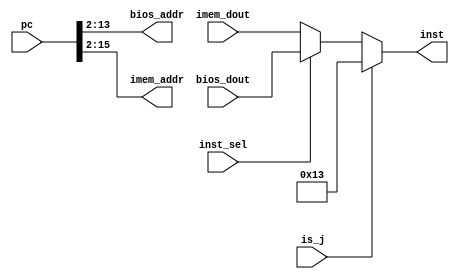
module fetch_instruction(
    input [31:0] pc,
    input is_j,
    input inst_sel,
    input [31:0] bios_dout,
    input [31:0] imem_dout,
    output reg [11:0] bios_addr,
    output reg [13:0] imem_addr,
    output [31:0] inst
);
    // For every +4 to the PC, there should only be a +1 to IMEM indices.
    // IMEM/BIOS Read
    always @(*) begin
      bios_addr = pc[13:2]; // Set bios_addra
      imem_addr = pc[15:2]; // Set imem_addrb
    end

    // Inst Sel + Jump logic
    assign inst = (is_j) ? 32'h13 : ((inst_sel) ? bios_dout : imem_dout);
endmodule